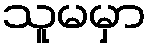
သူမမှာ